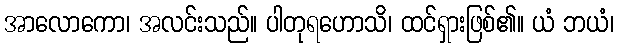
အာလောကော၊ အလင်းသည်။ ပါတုရဟောသိ၊ ထင်ရှားဖြစ်၏။ ယံ ဘယံ၊